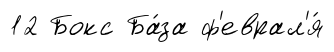
12 Бокс Ба́за ф'еврал'я́